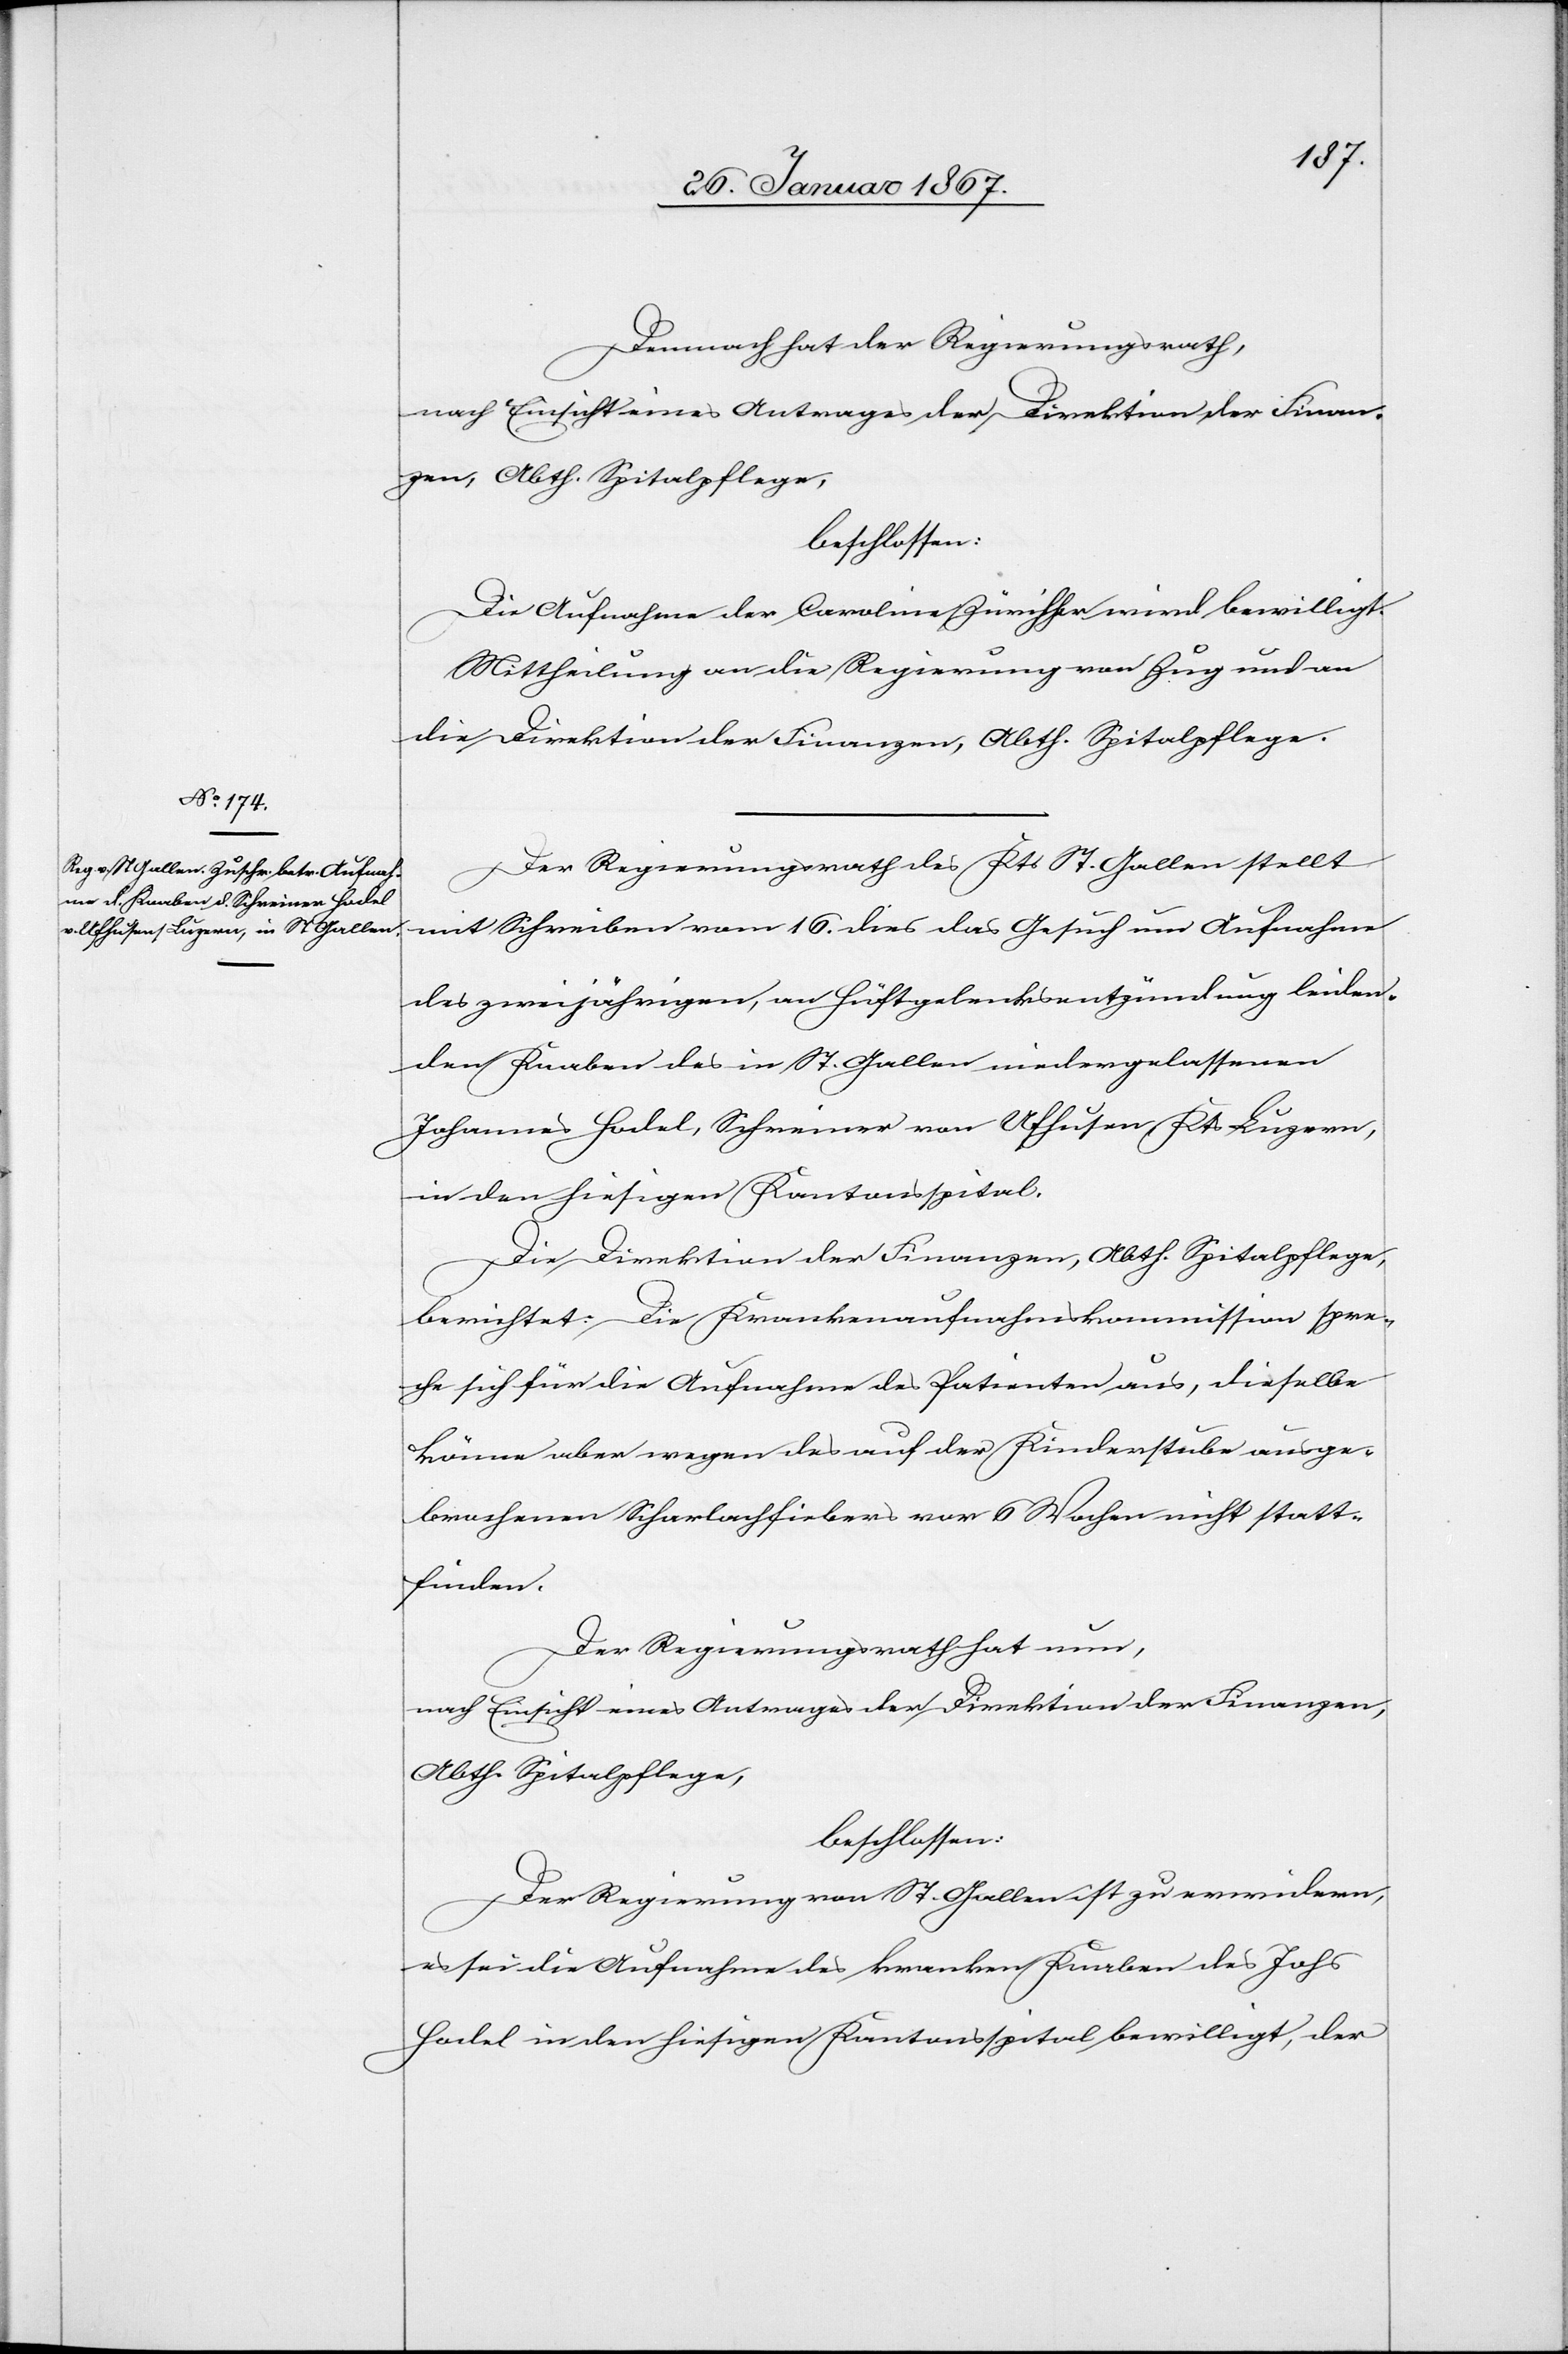
Demnach hat der Regierungsrath,
nach Einsicht eines Antrages der Direktion der Finan¬
zen, Abth. Spitalpflege,
beschlossen:
Die Aufnahme der Caroline Züricher [sic!] wird bewilligt.
Mittheilung an die Regierung von Zug und an
die Direktion der Finanzen, Abth. Spitalpflege.
Der Regierungsrath des Kts St. Gallen stellt
mit Schreiben vom 16. dies das Gesuch um Aufnahme
des zweijährigen, an Hüftgelenksentzündung leiden¬
den Knaben des in St. Gallen niedergelassenen
Johannes Hodel, Schreiner von Ufhusen Kts. Luzern,
in den hiesigen Kantonsspital.
Die Direktion der Finanzen, Abth. Spitalpflege,
berichtet: Die Krankenaufnahmskommission spre¬
che sich für die Aufnahme des Patienten aus, dieselbe
könne aber wegen des auf der Kinderstube ausge¬
brochenen Scharlachfieber vor 6 Wochen nicht statt¬
finden.
Der Regierungsrath hat nun,
nach Einsicht eines Antrages der Direktion der Finanzen,
Abth. Spitalpflege,
beschlossen:
Der Regierung von St. Gallen zu erwidern,
es sei die Aufnahme des kranken Knaben des Johs
Hodel in den hiesigen Kantonsspital bewilligt, der